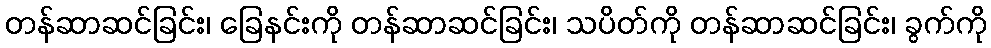
တန်ဆာဆင်ခြင်း၊ ခြေနင်းကို တန်ဆာဆင်ခြင်း၊ သပိတ်ကို တန်ဆာဆင်ခြင်း၊ ခွက်ကို